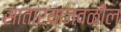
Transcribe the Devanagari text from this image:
साताऱ्याजवळील